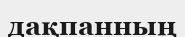
дақпанның